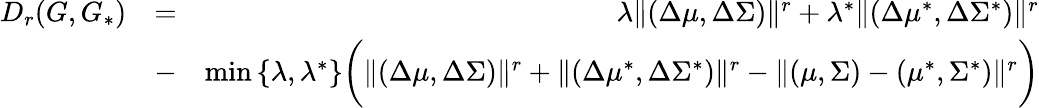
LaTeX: \begin{array}{rlr}{D_{r}(G,G_{*})}&{=}&{\lambda\| (\Delta\mu,\Delta\Sigma)\| ^{r}+\lambda^{*}\| (\Delta\mu^{*},\Delta\Sigma^{*})\| ^{r}}\\ &{-}&{\operatorname*{min}\left\{ \lambda,\lambda^{*}\right\} \biggr(\| (\Delta\mu,\Delta\Sigma)\| ^{r}+\| (\Delta\mu^{*},\Delta\Sigma^{*})\| ^{r}-\| (\mu,\Sigma)-(\mu^{*},\Sigma^{*})\| ^{r}\biggr)}\end{array}